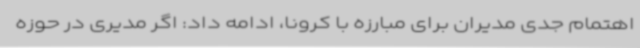
اهتمام جدی مدیران برای مبارزه با کرونا، ادامه داد: اگر مدیری در حوزه